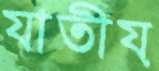
যাতীয়